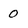
Character: 0